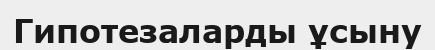
Гипотезаларды ұсыну